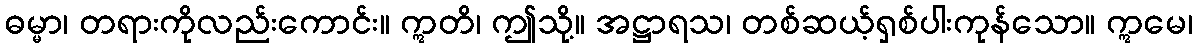
ဓမ္မာ၊ တရားကိုလည်းကောင်း။ ဣတိ၊ ဤသို့။ အဋ္ဌာရသ၊ တစ်ဆယ့်ရှစ်ပါးကုန်သော။ ဣမေ၊